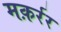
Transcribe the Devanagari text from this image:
मक़र्रर